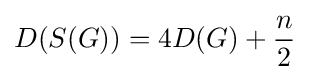
D(S(G))=4D(G)+{\frac {n}{2}}